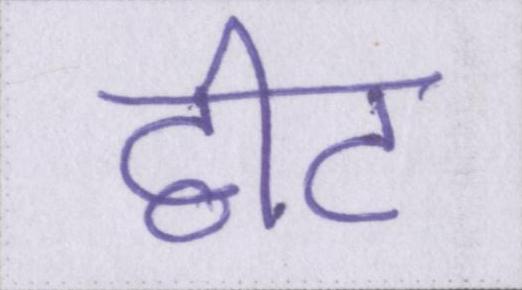
ट्वीट